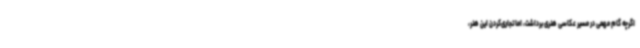
اگرچه گام مهمی در مسیر عکاسی هنری برداشت، اما تجاری‌کردن این هنر،